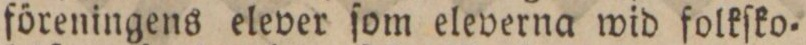
föreningens elever ſom eleverna wid folkſko=